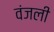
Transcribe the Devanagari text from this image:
वंजली